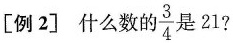
[例2]什么数的\frac{3}{4}是21?